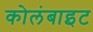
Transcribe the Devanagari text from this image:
कोलंबाइट